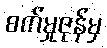
စက်မှုဇုန်မှ